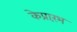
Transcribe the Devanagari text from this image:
केप्रारंभ